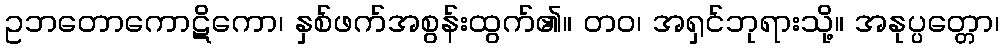
ဥဘတောကောဋိကော၊ နှစ်ဖက်အစွန်းထွက်၏။ တဝ၊ အရှင်ဘုရားသို့။ အနုပ္ပတ္တော၊